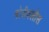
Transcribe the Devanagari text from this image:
बोरीवलीस